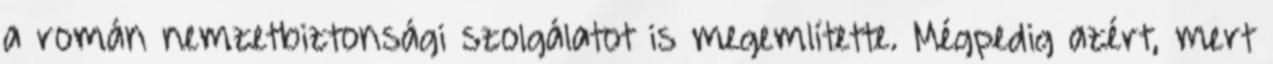
a román nemzetbiztonsági szolgálatot is megemlítette. Mégpedig azért, mert